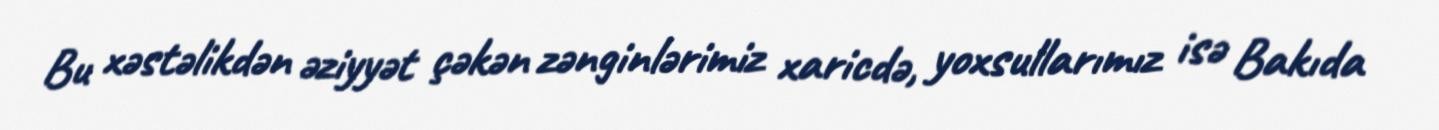
Bu xəstəlikdən əziyyət çəkən zənginlərimiz xaricdə, yoxsullarımız isə Bakıda